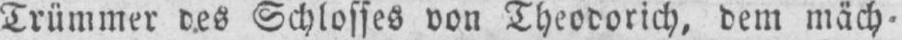
Trümmer des Schlosses von Theodorich, dem mäch-